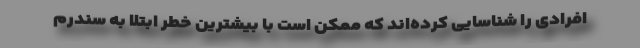
افرادی را شناسایی کرده‌اند که ممکن است با بیشترین خطر ابتلا به سندرم